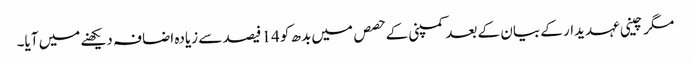
مگر چینی عہدیدار کے بیان کے بعد کمپنی کے حصص میں بدھ کو 14 فیصد سے زیادہ اضافہ دیکھنے میں آیا۔